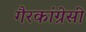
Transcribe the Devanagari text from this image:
गैरकांग्रेसी